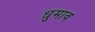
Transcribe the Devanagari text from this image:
धुमाव